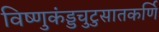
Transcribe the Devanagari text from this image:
विष्णुकंड्डचुटुसातकर्णि